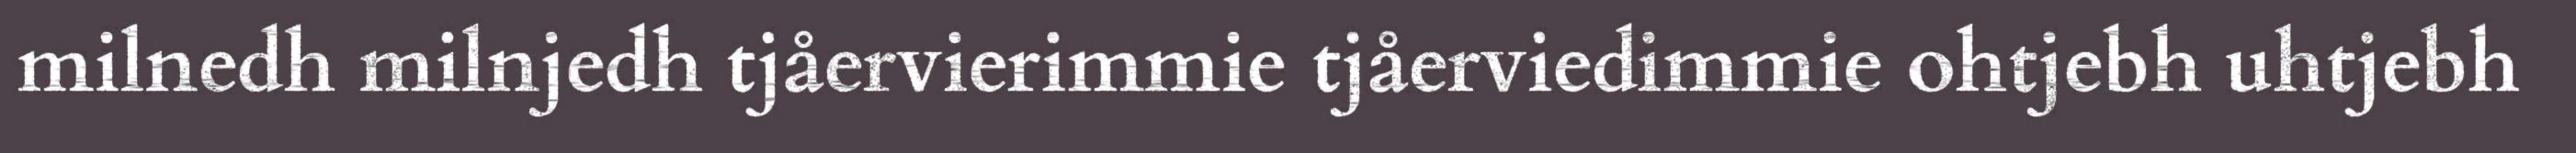
milnedh milnjedh tjåervierimmie tjåerviedimmie ohtjebh uhtjebh